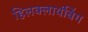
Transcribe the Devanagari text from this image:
हिलक्लायंबिंग